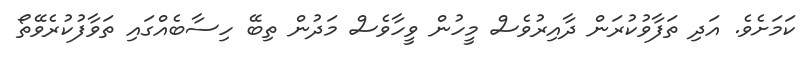
ކަމަށެވެ. އަދި ތަފާވުކުރަން ދާއިރުވެސް މީހުން ވީހާވެސް މަދުން ތިބޭ ހިސާބެއްގައި ތަވާފުކުރެވޭތޯ